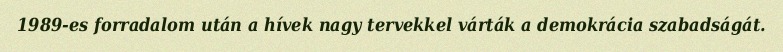
1989-es forradalom után a hívek nagy tervekkel várták a demokrácia szabadságát.